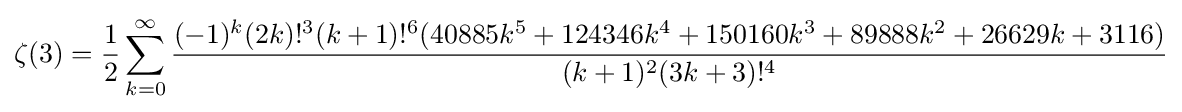
\zeta (3)={\frac {1}{2}}\sum _{k=0}^{\infty }{\frac {(-1)^{k}(2k)!^{3}(k+1)!^{6}(40885k^{5}+124346k^{4}+150160k^{3}+89888k^{2}+26629k+3116)}{(k+1)^{2}(3k+3)!^{4}}}